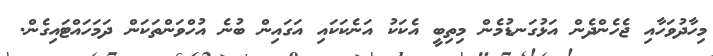
މިހާދުވަހާއި ޖެހެންދެން އަޅުގަނޑުމެން މިތިބީ އެކަކު އަނެކަކައި އަގައިން ބުނެ އުހްވަންތަކަން ދަމަހައްޓައިގެން.